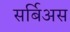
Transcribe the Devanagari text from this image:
सर्बिअस